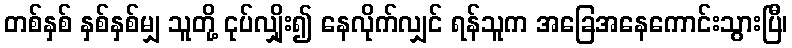
တစ်နှစ် နှစ်နှစ်မျှ သူတို့ ငုပ်လျှိုး၍ နေလိုက်လျှင် ရန်သူက အခြေအနေကောင်းသွားပြီ၊